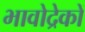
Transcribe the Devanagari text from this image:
भावोद्रेकों